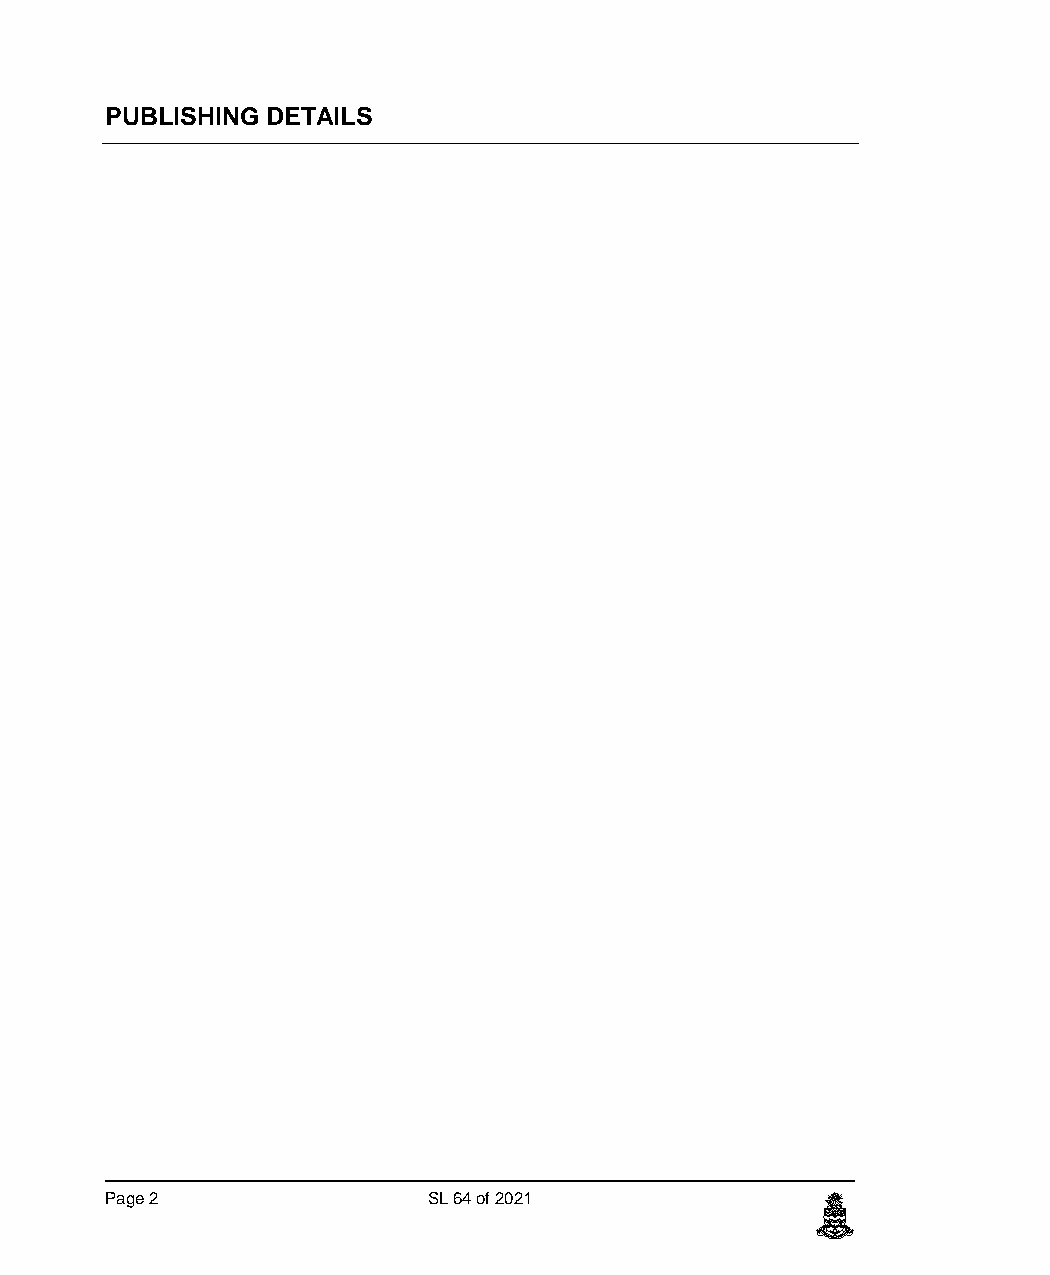
PUBLISHING DETAILS
 Page 2               SL 64 of 2021             c